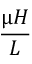
\frac { \upmu H } { L }